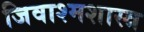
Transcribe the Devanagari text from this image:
जिवाश्मशास्त्र